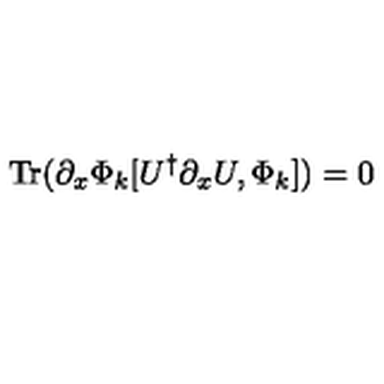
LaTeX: \mathrm { T r } ( \partial _ { x } \Phi _ { k } [ U ^ { \dagger } \partial _ { x } U , \Phi _ { k } ] ) = 0